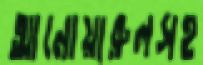
আনোয়ারুলসহ